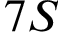
7 S